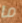
ما